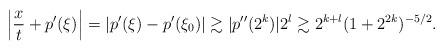
LaTeX: \begin{align*}\left|\frac{x}t+p'(\xi)\right|=|p'(\xi)-p'(\xi_0)|\gtrsim |p''(2^k)|2^l\gtrsim 2^{k+l}(1+2^{2k})^{-5/2}.\end{align*}